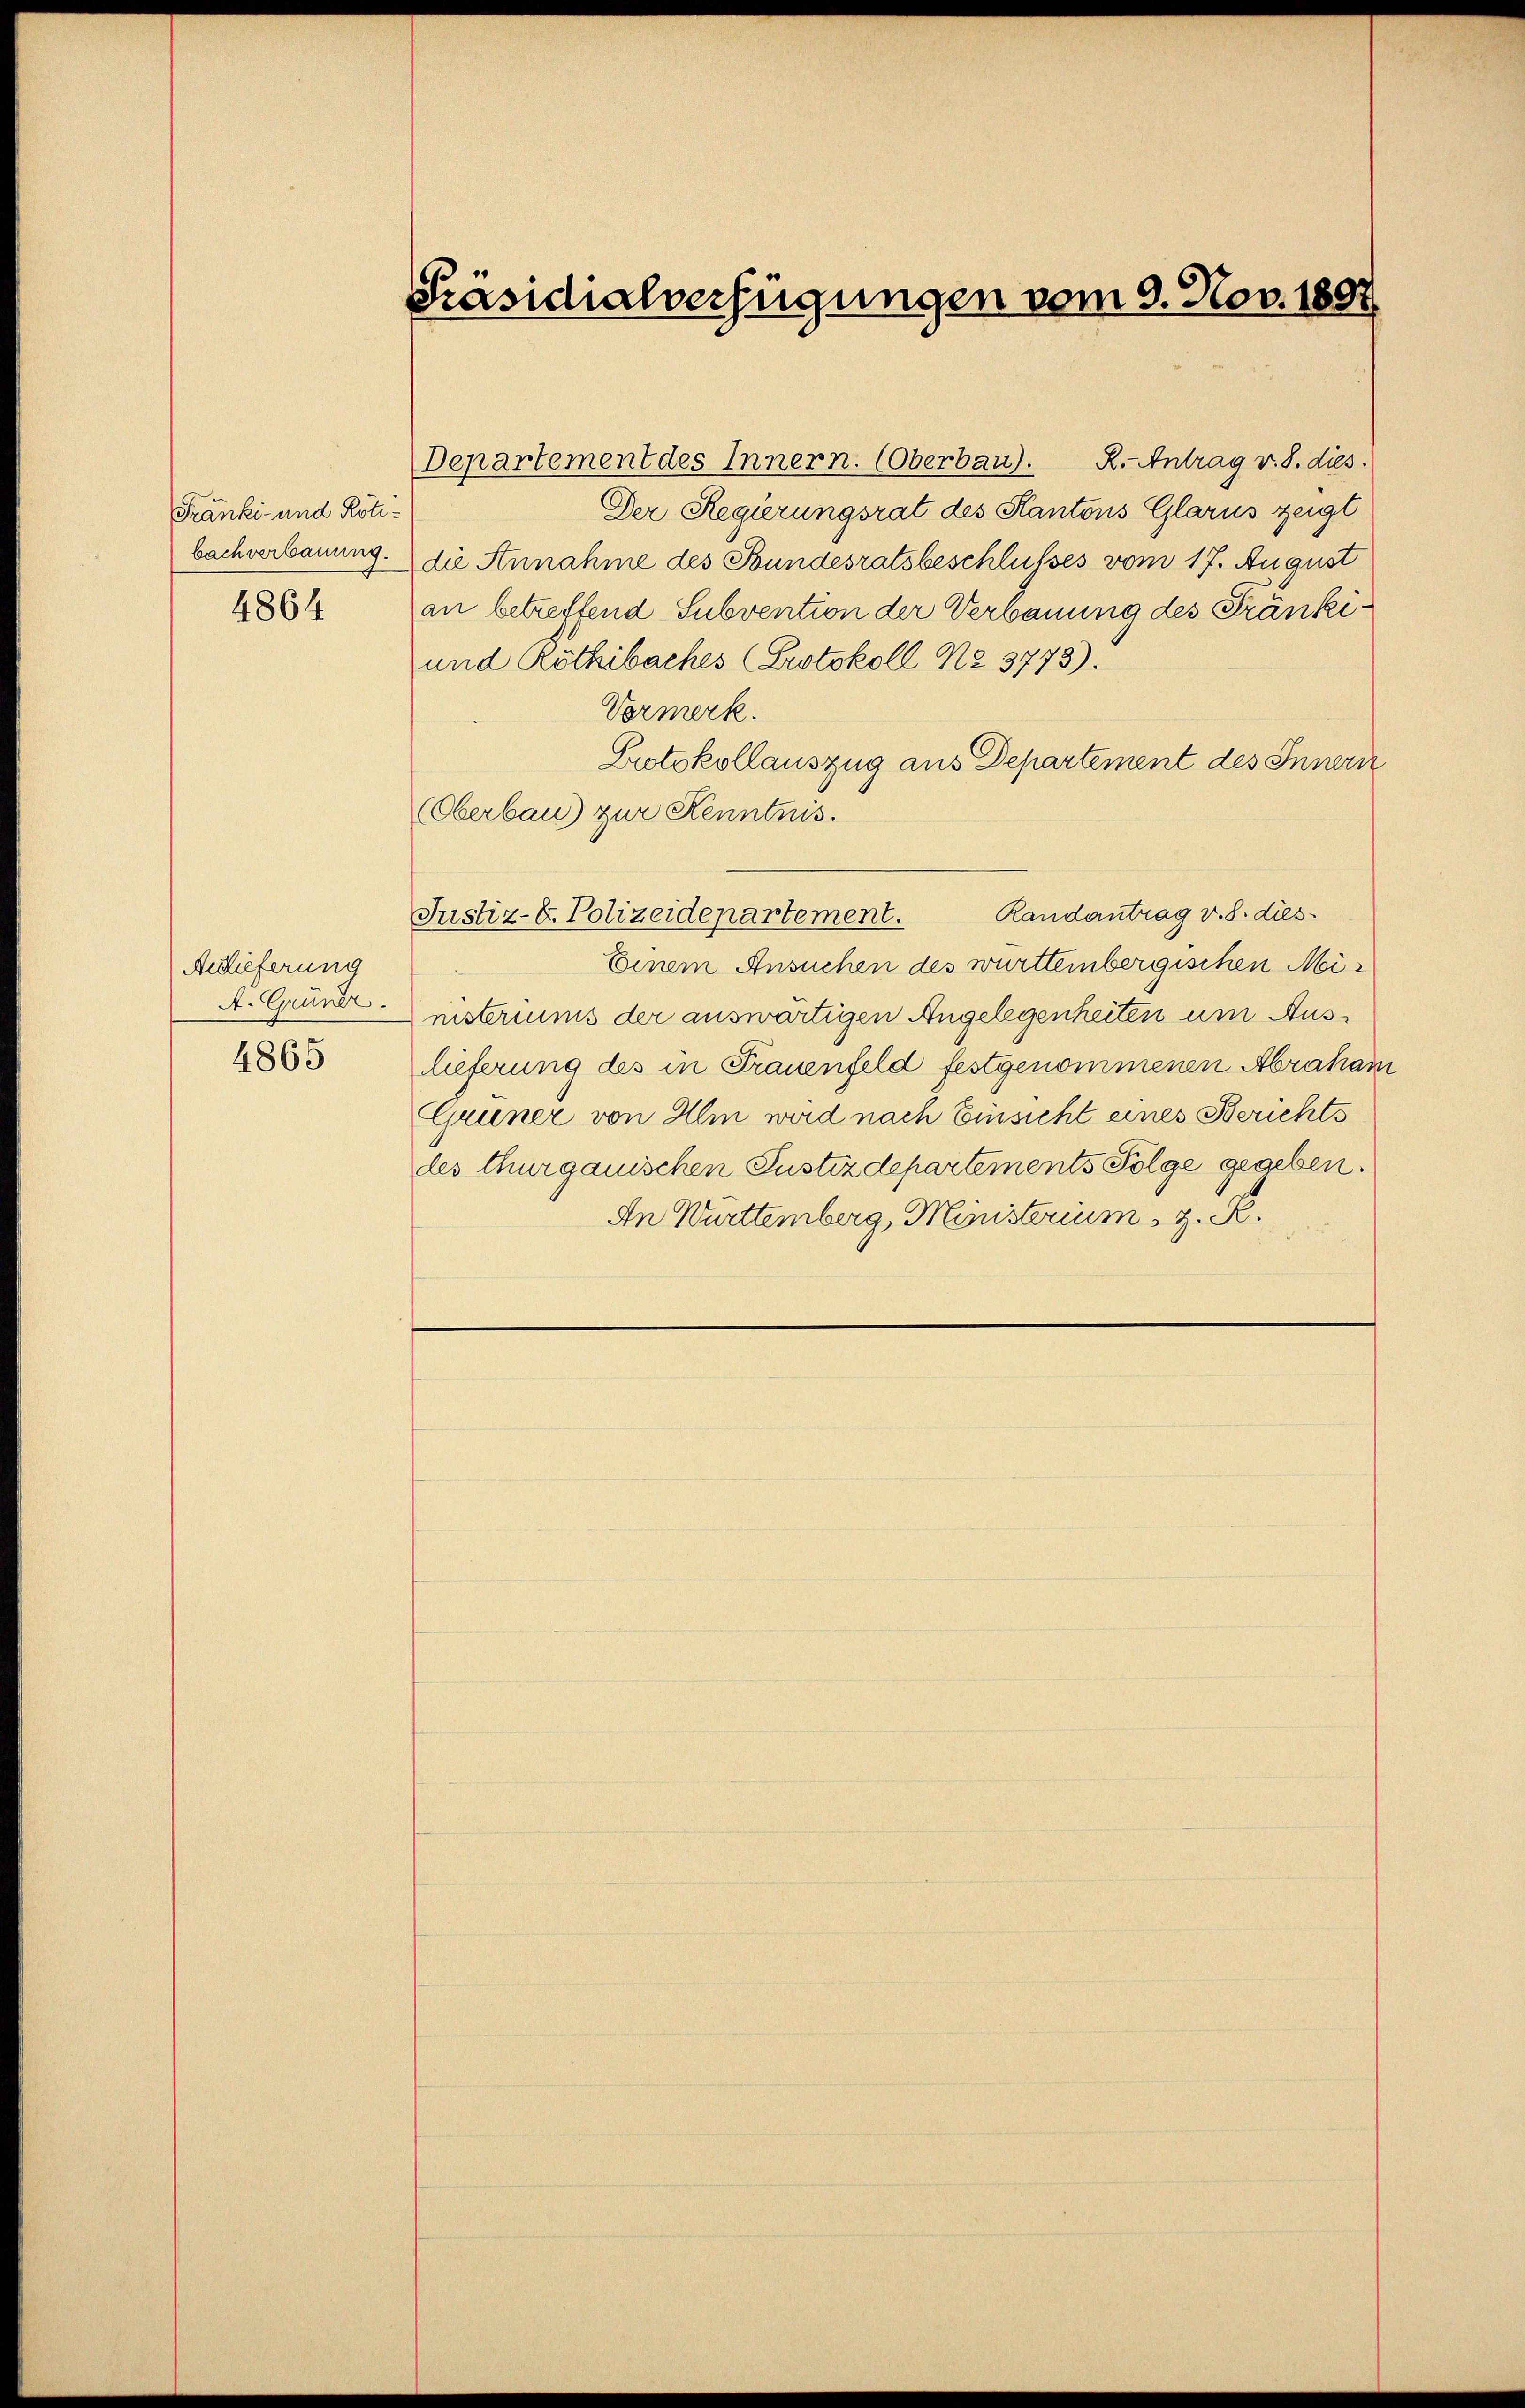
Franki- und Rötibachverbauung.
4864

Anlieferung
A. Grundr.
4865

Präsidialverfügungen vom 9. Nov. 1891

Departement des Innern. (Oberbau). R. Antrag v. 8. dies.
Der Regierungsrat des Kantons Glarus zeigt
die Annahme des Bundesratsbeschlusses vom 17. August
an betreffend Subvention der Verbauung des Fränki¬
und Röthibaches (Protokoll No 3773).
Vormerk.
Protokollauszug aus Departement des Innern
Oberbau) zur Kenntnis.
Randantrag v. 8. dies
Justiz- & Polizeidepartement.
Einem Ansuchen des württembergischen Ministeriums der auswärtigen Angelegenheiten um Auslieferung des in Frauenfeld festgenommenen Abraham
Grüner von Ihm wird nach Einsicht eines Berichts
des thurgauischen Justizdepartements Folge gegeben.
An Württemberg, Ministerium, z. R.